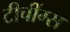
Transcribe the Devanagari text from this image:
टीचींग्स